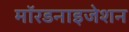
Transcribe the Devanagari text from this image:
मॉरडनाइजेशन